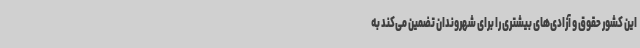
این کشور حقوق و آزادی‌های بیشتری را برای شهروندان تضمین می‌کند به